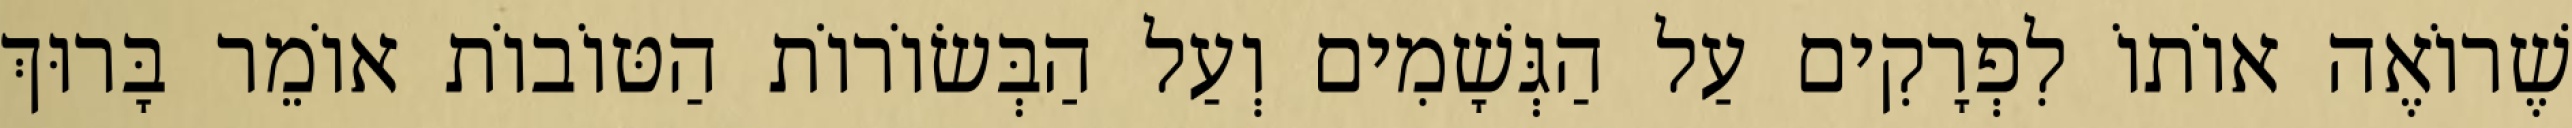
שֶׁרוֹאֶה אוֹתוֹ לִפְרָקִים עַל הַגְּשָׁמִים וְעַל הַבְּשׂוֹרוֹת הַטּוֹבוֹת אוֹמֵר בָּרוּךְ